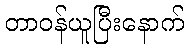
တာဝန်ယူပြီးနောက်